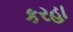
કરહા